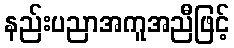
နည်းပညာအကူအညီဖြင့်